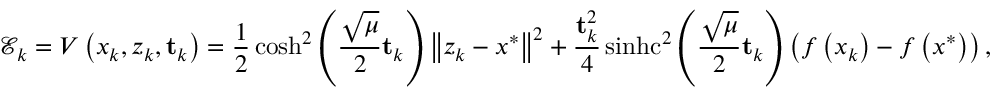
\mathcal { E } _ { k } = V \left( x _ { k } , z _ { k } , \mathbf { t } _ { k } \right) = \frac { 1 } { 2 } \cosh ^ { 2 } \left( \frac { \sqrt { \mu } } { 2 } \mathbf { t } _ { k } \right) \left\Vert z _ { k } - x ^ { * } \right\Vert ^ { 2 } + \frac { \mathbf { t } _ { k } ^ { 2 } } { 4 } \operatorname { s i n h c } ^ { 2 } \left( \frac { \sqrt { \mu } } { 2 } \mathbf { t } _ { k } \right) \left( f \left( x _ { k } \right) - f \left( x ^ { * } \right) \right) ,